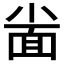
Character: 𱚦